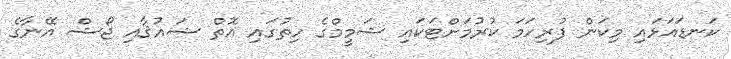
ކަނޑައަޅައި މިކަން ފުރިހަމަ ކުރުމަށްޓަކައި ޝަމީމްގެ ހިތުގައި އޮތް ޝައުޤާއި ޖޯޝް އޭނާގެ